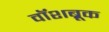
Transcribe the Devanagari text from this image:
वॉशब्रूक